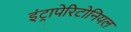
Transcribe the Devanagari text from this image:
इंट्रापेरिटोनियल